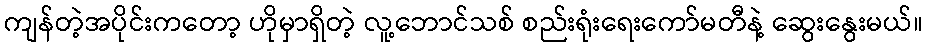
ကျန်တဲ့အပိုင်းကတော့ ဟိုမှာရှိတဲ့ လူ့ဘောင်သစ် စည်းရုံးရေးကော်မတီနဲ့ ဆွေးနွေးမယ်။